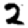
Digit: 2